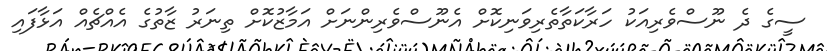
ސީގެ ދެ ނޫސްވެރިއަކު ހަރާކަތާތެރިވަނިކޮށް އެނޫސްވެރިންނަށް އަމާޒުކޮށް ތިނަރު ޒާތުގެ އެއްޗެއް އަޅާފައި